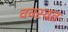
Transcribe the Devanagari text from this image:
ववस्वत